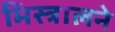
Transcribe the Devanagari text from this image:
मिस्त्रालने